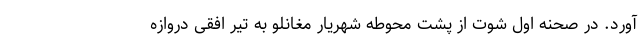
آورد. در صحنه اول شوت از پشت محوطه شهریار مغانلو به تیر افقی دروازه